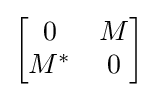
{\begin{bmatrix}0&M\\M^{*}&0\end{bmatrix}}